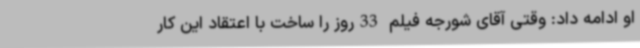
او ادامه داد: وقتی آقای شورجه فیلم 33روز را ساخت با اعتقاد این کار